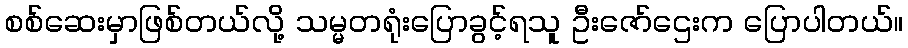
စစ်ဆေးမှာဖြစ်တယ်လို့ သမ္မတရုံးပြောခွင့်ရသူ ဦးဇော်ဌေးက ပြောပါတယ်။